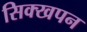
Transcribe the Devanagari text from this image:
सिक्खपन